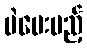
မဲပေးမည့်